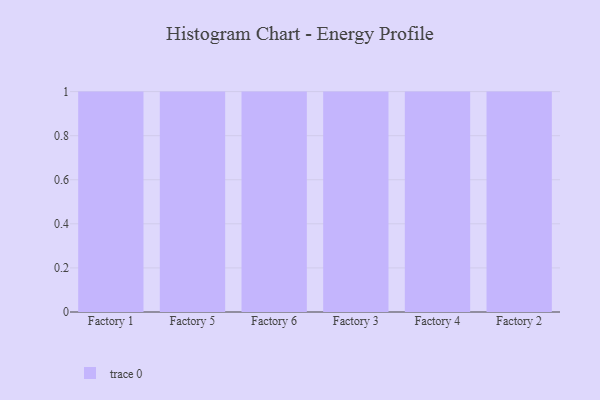
{"axis": {"x": "Factory", "y": "Revenue (USD Million)"}, "legend": [""], "data": [{"x": "Factory 1", "y": 96, "type": ""}, {"x": "Factory 5", "y": 52, "type": ""}, {"x": "Factory 6", "y": 47, "type": ""}, {"x": "Factory 3", "y": 8, "type": ""}, {"x": "Factory 4", "y": 80, "type": ""}, {"x": "Factory 2", "y": 73, "type": ""}]}